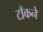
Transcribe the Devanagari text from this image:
टाँकने